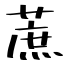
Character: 蔗